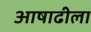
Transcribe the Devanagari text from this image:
आषाढीला